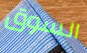
السوق